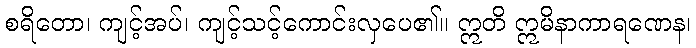
စရိတော၊ ကျင့်အပ်၊ ကျင့်သင့်ကောင်းလှပေ၏။ ဣတိ ဣမိနာကာရဏေန၊